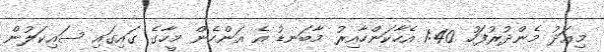
މިއަދު މެންދުރުފަހު 1:40 އެހާކަންހާއިރު މާބަނޑު އެ އަންހެން މީހާގެ ގައިގައި ސައިކަލުން